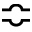
\Bumpeq